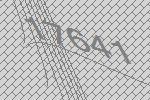
17641